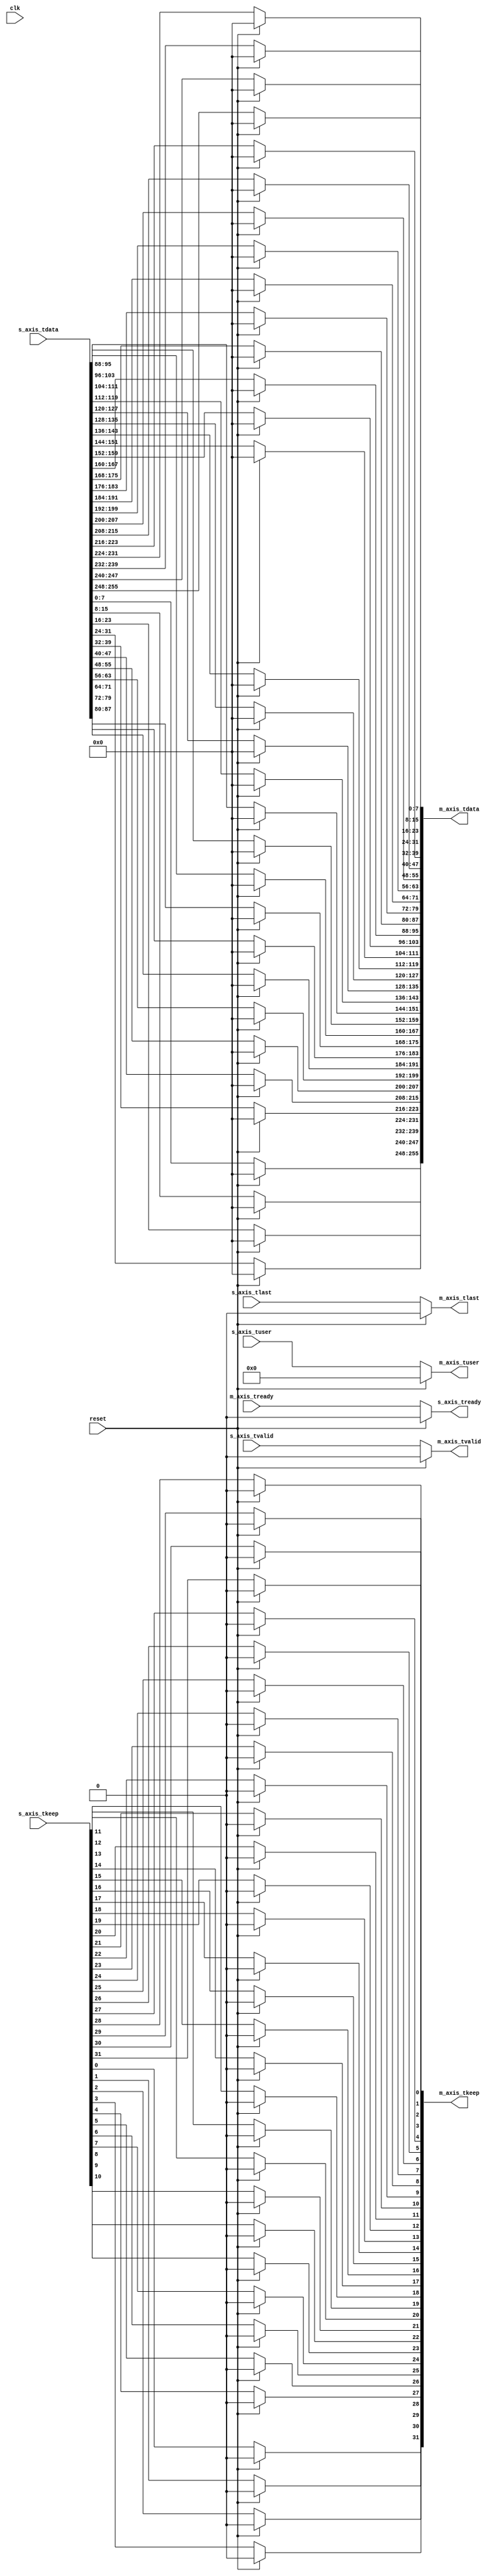
//
// Copyright (C) 2010, 2011 The Board of Trustees of The Leland Stanford
//                          Junior University
// Copyright (C) 2015 Gianni Antichi
// All rights reserved.
//
// This software was developed by
// Stanford University and the University of Cambridge Computer Laboratory
// under National Science Foundation under Grant No. CNS-0855268,
// the University of Cambridge Computer Laboratory under EPSRC INTERNET Project EP/H040536/1 and
// by the University of Cambridge Computer Laboratory under DARPA/AFRL contract FA8750-11-C-0249 ("MRC2"), 
// as part of the DARPA MRC research programme.
//
// @NETFPGA_LICENSE_HEADER_START@
//
// Licensed to NetFPGA C.I.C. (NetFPGA) under one or more contributor
// license agreements.  See the NOTICE file distributed with this work for
// additional information regarding copyright ownership.  NetFPGA licenses this
// file to you under the NetFPGA Hardware-Software License, Version 1.0 (the
// "License"); you may not use this file except in compliance with the
// License.  You may obtain a copy of the License at:
//
//   http://www.netfpga-cic.org
//
// Unless required by applicable law or agreed to in writing, Work distributed
// under the License is distributed on an "AS IS" BASIS, WITHOUT WARRANTIES OR
// CONDITIONS OF ANY KIND, either express or implied.  See the License for the
// specific language governing permissions and limitations under the License.
//
// @NETFPGA_LICENSE_HEADER_END@
//

module bridge
#(
    parameter C_AXIS_DATA_WIDTH = 256,
    parameter C_AXIS_TUSER_WIDTH = 128,
    parameter NUM_QUEUES = 8,
    parameter NUM_QUEUES_WIDTH = log2(NUM_QUEUES)
)
(
    // Global Ports
    input clk,
    input reset,

    // little endian signals
    input [C_AXIS_DATA_WIDTH-1:0] s_axis_tdata,
    input [(C_AXIS_DATA_WIDTH/8)-1:0] s_axis_tkeep,
    input [C_AXIS_TUSER_WIDTH-1:0] s_axis_tuser,
    input  s_axis_tvalid,
    output reg s_axis_tready,
    input  s_axis_tlast,

    // big endian signals
    output reg [C_AXIS_DATA_WIDTH-1:0] m_axis_tdata,
    output reg[(C_AXIS_DATA_WIDTH/8)-1:0] m_axis_tkeep,
    output reg [C_AXIS_TUSER_WIDTH-1:0] m_axis_tuser,
    output reg  m_axis_tvalid,
    input m_axis_tready,
    output reg  m_axis_tlast

);

    function integer log2;
      input integer number;
      begin
         log2=0;
         while(2**log2<number) begin
            log2=log2+1;
         end
      end
    endfunction // log2

    genvar i;

  /* Generate control signals */
  
  always @(*) begin
    if (reset) begin
      m_axis_tuser = {C_AXIS_TUSER_WIDTH{1'b0}};
      m_axis_tvalid = 0;
      m_axis_tlast = 0;
      s_axis_tready = 0;
    end
    else begin
      m_axis_tuser = s_axis_tuser;
      m_axis_tvalid = s_axis_tvalid;
      m_axis_tlast = s_axis_tlast;
      s_axis_tready = m_axis_tready;
    end
  end

 generate
  for (i=0; i<(C_AXIS_DATA_WIDTH/8); i=i+1) begin: conversion
    always @(*) begin
     if (reset) begin
        m_axis_tdata[(i+1)*8-1:i*8] = 0;
        m_axis_tkeep[i] = 0;
      end
else begin
m_axis_tdata[(i+1)*8-1:i*8] = s_axis_tdata[((C_AXIS_DATA_WIDTH/8)-i)*8-1:((C_AXIS_DATA_WIDTH/8)-(i+1))*8];
        m_axis_tkeep[i] = s_axis_tkeep[(C_AXIS_DATA_WIDTH/8)-i-1];
end
    end
  end
  endgenerate

endmodule